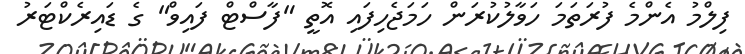
ފިލްމު އެންމެ ފުރަތަމަ ހަވާލުކުރަން ހަމަޖެހިފައި އޮތީ "ފާސްޓް ފައިވް" ގެ ޑައިރެކްޓަރު